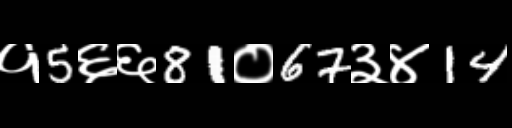
Text: १5६६81०67३४14